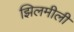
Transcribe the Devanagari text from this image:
झिलमीली